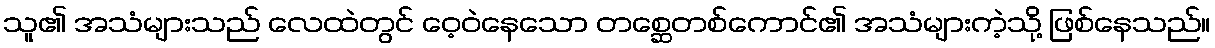
သူ၏ အသံများသည် လေထဲတွင် ဝေ့ဝဲနေသော တစ္ဆေတစ်ကောင်၏ အသံများကဲ့သို့ ဖြစ်နေသည်။